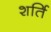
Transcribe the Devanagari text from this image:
शर्ति